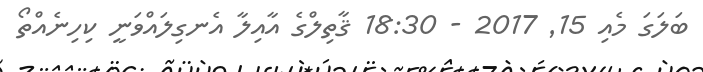
ބަލަގަ މެއި 15